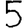
Digit: 5